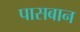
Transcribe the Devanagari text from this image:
पासबान